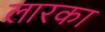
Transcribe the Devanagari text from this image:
लारका